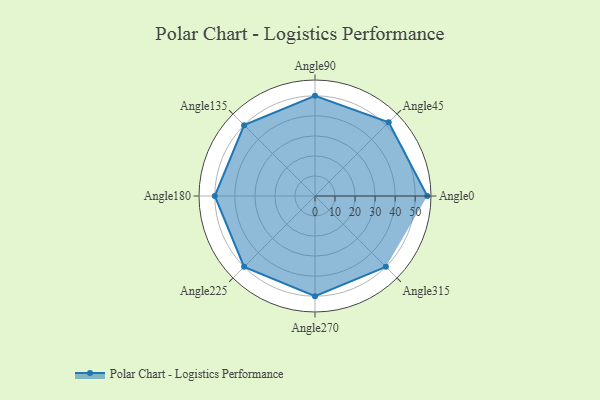
{"axis": {"x": "Angle", "y": "Radius"}, "legend": [""], "data": [{"x": "Angle0", "y": 56.0, "type": ""}, {"x": "Angle45", "y": 52.0, "type": ""}, {"x": "Angle90", "y": 50, "type": ""}, {"x": "Angle135", "y": 50, "type": ""}, {"x": "Angle180", "y": 50, "type": ""}, {"x": "Angle225", "y": 50, "type": ""}, {"x": "Angle270", "y": 50, "type": ""}, {"x": "Angle315", "y": 50, "type": ""}]}